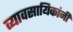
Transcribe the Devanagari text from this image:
व्यावसायिकांनी